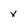
Character: X